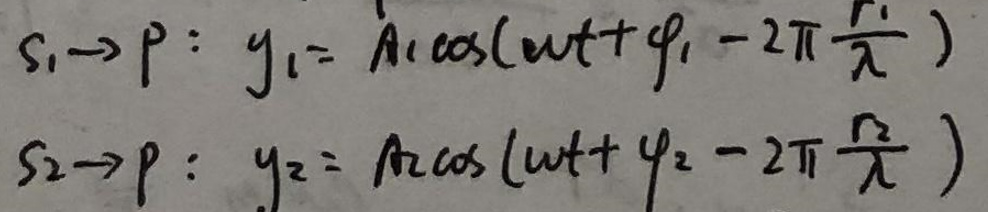
\begin{align*}
s_1 \rightarrow P: \quad y_1 &= A_1 \cos(\omega t + \varphi_1 - 2\pi \frac{r_1}{\lambda})\\
s_2 \rightarrow P: \quad y_2 &= A_2 \cos(\omega t + \varphi_2 - 2\pi \frac{r_2}{\lambda})
\end{align*}